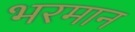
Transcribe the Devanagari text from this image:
भरमान